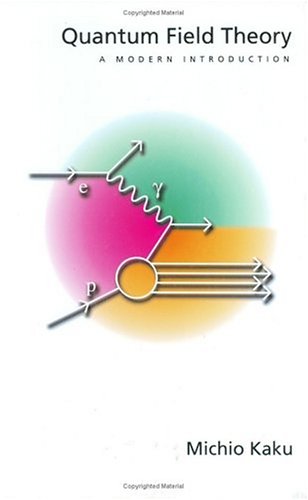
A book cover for Quantum Field Theory: A Modern Introduction; Michio Kaku; Science & Math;